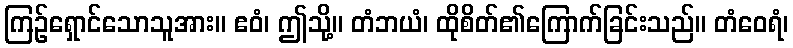
ကြဉ်ရှောင်သောသူအား။ ဧဝံ၊ ဤသို့။ တံဘယံ၊ ထိုစိတ်၏ကြောက်ခြင်းသည်။ တံဝေရံ၊